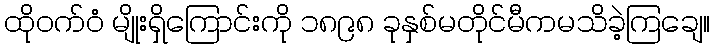
ထိုဝက်ဝံ မျိုးရှိကြောင်းကို ၁၈၉၈ ခုနှစ်မတိုင်မီကမသိခဲ့ကြချေ။